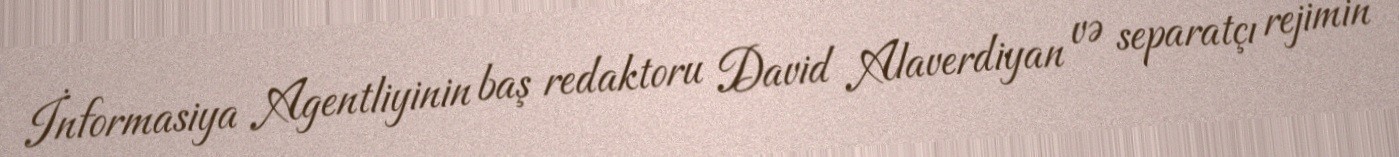
İnformasiya Agentliyinin baş redaktoru David Alaverdiyan və separatçı rejimin